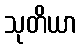
သုတိယာ